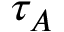
\tau _ { A }